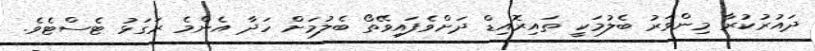
ދައުރުކުރާ މިންވަރު ބެލުމަކީ ތައިރޮއިޑް ދަށްވެފައިވޭތޯ ބެލުމަށް ހަދާ އެންމެ ރަގަޅު ޓެސްޓެވެ.